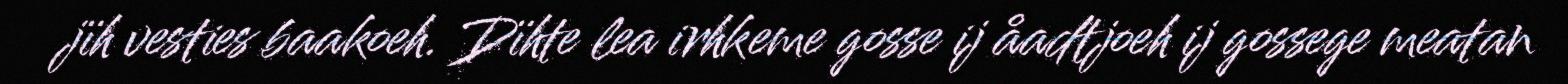
jïh vesties baakoeh. Dïhte lea irhkeme gosse ij åadtjoeh ij gossege meatan